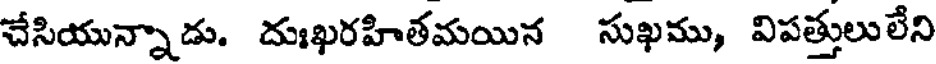
చేసియున్నాడు. దుఃఖరహితమయిన సుఖము, విపత్తులులేని